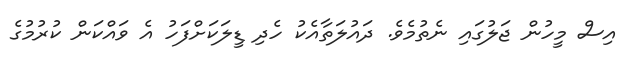
އިސް މީހުން ޖަލުގައި ނެތުމެވެ. ދައުލަތާއެކު ހެދި ޑީލަކަށްފަހު އެ ވައްކަން ކުރުމުގެ